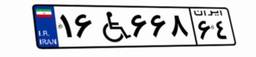
۱۶W۶۶۸۶۴